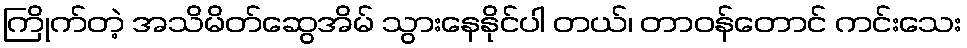
ကြိုက်တဲ့ အသိမိတ်ဆွေအိမ် သွားနေနိုင်ပါ တယ်၊ တာဝန်တောင် ကင်းသေး